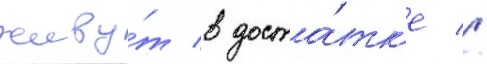
живу́т в доста́тк'е //